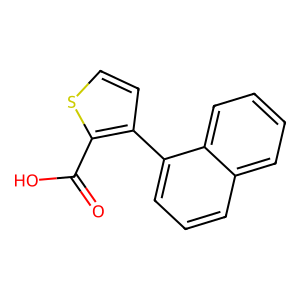
SMILES: O=C(O)c1sccc1-c1cccc2ccccc12
Inhibits HIV replication: No